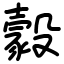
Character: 豰